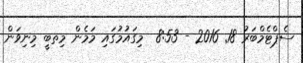
ސެޕްޓެމްބަރު 18